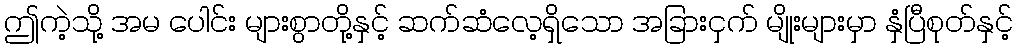
ဤကဲ့သို့ အမ ပေါင်း များစွာတို့နှင့် ဆက်ဆံလေ့ရှိသော အခြားငှက် မျိုးများမှာ နှံပြီစုတ်နှင့်